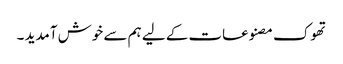
تھوک مصنوعات کے لیے ہم سے خوش آمدید ۔